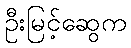
ဦးမြင့်ဆွေက